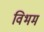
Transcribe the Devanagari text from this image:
विभम